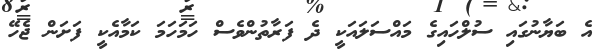
އެ ބަޔާނުގައި ސުލްހައިގެ މައްސަލައަކީ ދެ ފަރާތުންވެސް ހަމަހަމަ ކަމާއެކީ ފަށަން ޖެހޭ